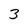
Character: 3